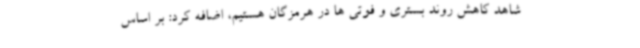
شاهد کاهش روند بستری و فوتی ها در هرمزگان هستیم، اضافه کرد: بر اساس